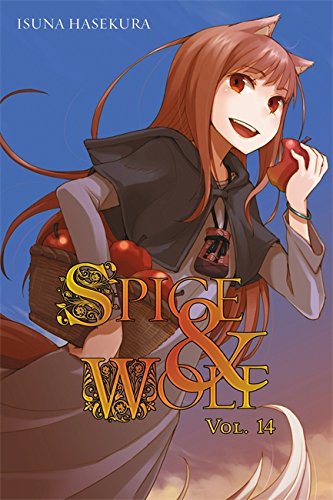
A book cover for Spice and Wolf, Vol. 14; Isuna Hasekura; Science Fiction & Fantasy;